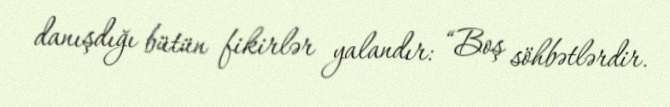
danışdığı bütün fikirlər yalandır: “Boş söhbətlərdir.